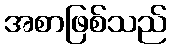
အစာဖြစ်သည်